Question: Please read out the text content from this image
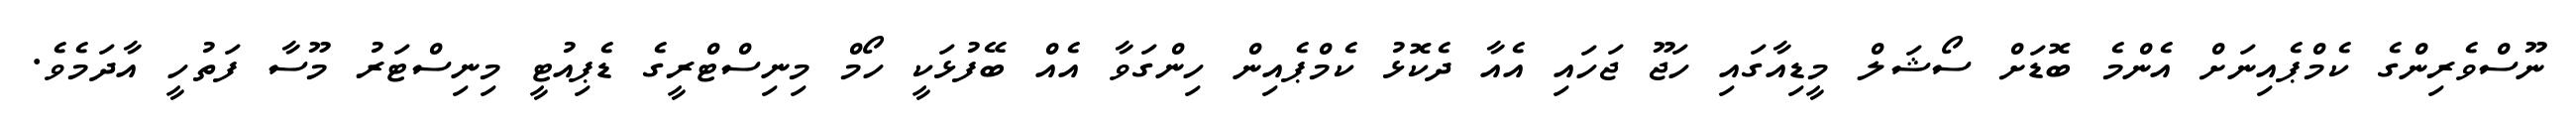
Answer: ނޫސްވެރިންގެ ކެމްޕެއިނަށް އެންމެ ބޮޑަށް ސޯޝަލް މީޑިއާގައި ހަޖޫ ޖަހައި އެއާ ދެކޮޅު ކެމްޕެއިން ހިންގަވާ އެއް ބޭފުޅަކީ ހޯމް މިނިސްޓްރީގެ ޑެޕިއުޓީ މިނިސްޓަރު މޫސާ ފަތުހީ އާދަމެވެ.